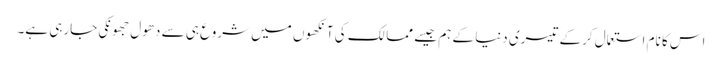
اس کا نام استعمال کرکے تیسری دنیا کے ہم جیسے ممالک کی آنکھوں میں شروع ہی سے دھول جھونکی جارہی ہے۔